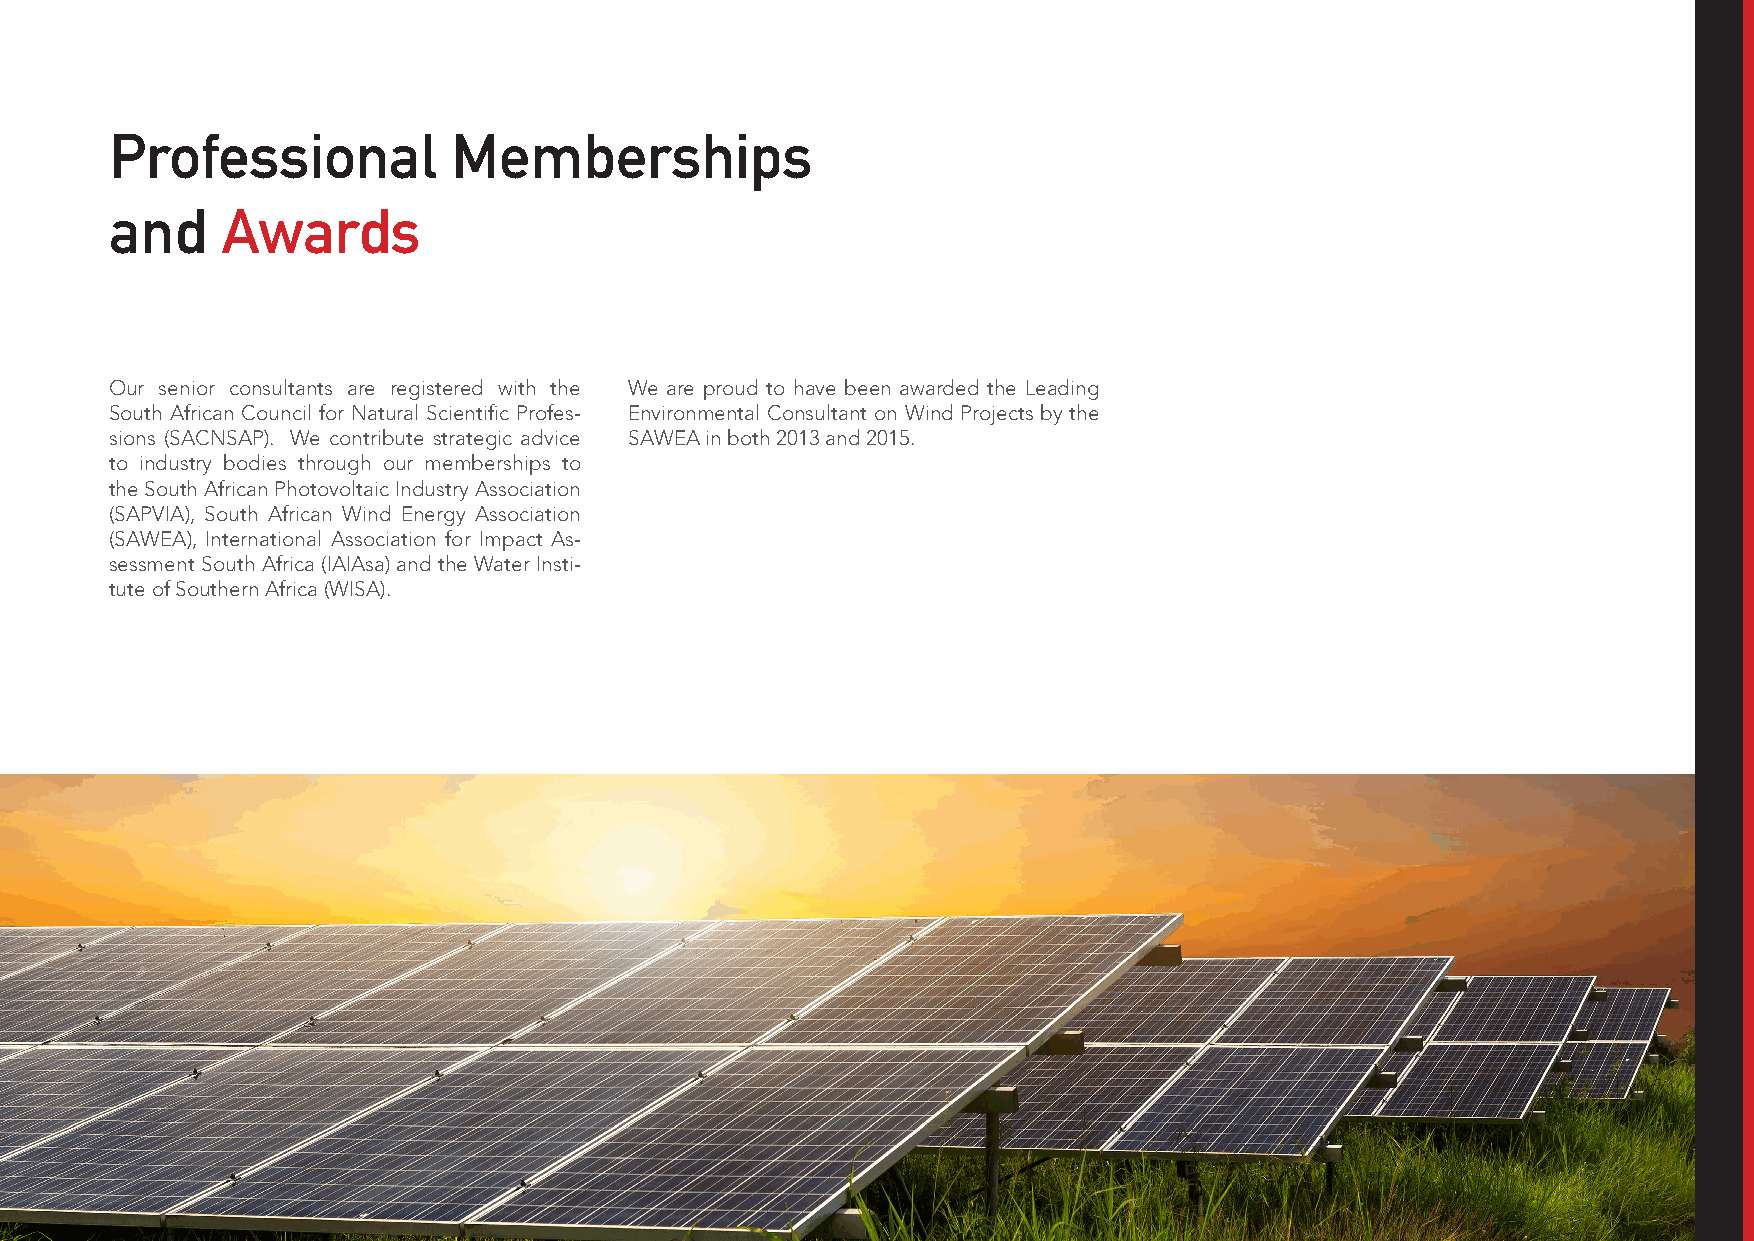
Professional           Memberships
 and     Awards
 Our senior consultants are registered with the We are proud to have been awarded the Leading
 South African Council for Natural Scientific Profes- Environmental Consultant on Wind Projects by the
 sions (SACNSAP). We contribute strategic advice SAWEA in both 2013 and 2015.
 to industry bodies through our memberships to
 the South African Photovoltaic Industry Association
 (SAPVIA), South African Wind Energy Association
 (SAWEA), International Association for Impact As-
 sessment South Africa (IAIAsa) and the Water Insti-
 tute of Southern Africa (WISA).